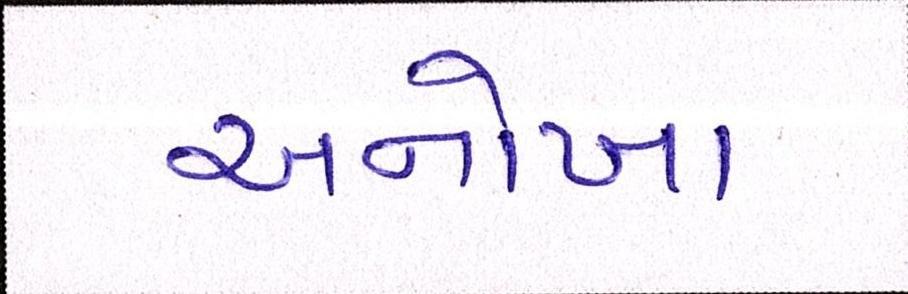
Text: અનોખા